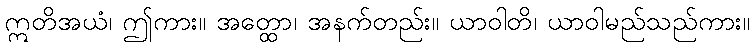
ဣတိအယံ၊ ဤကား။ အတ္ထော၊ အနက်တည်း။ ယာဝါတိ၊ ယာဝါမည်သည်ကား။